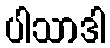
ပါသာဒါ